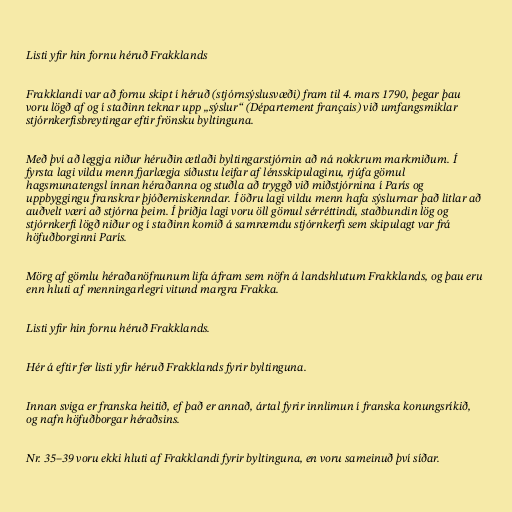
Listi yfir hin fornu héruð Frakklands

Frakklandi var að fornu skipt í héruð (stjórnsýslusvæði) fram til 4. mars 1790, þegar þau
voru lögð af og í staðinn teknar upp „sýslur“ (Département français) við umfangsmiklar
stjórnkerfisbreytingar eftir frönsku byltinguna.

Með því að leggja niður héruðin ætlaði byltingarstjórnin að ná nokkrum markmiðum. Í
fyrsta lagi vildu menn fjarlægja síðustu leifar af lénsskipulaginu, rjúfa gömul
hagsmunatengsl ínnan héraðanna og stuðla að tryggð við miðstjórnina í París og
uppbyggingu franskrar þjóðerniskenndar. Í öðru lagi vildu menn hafa sýslurnar það litlar að
auðvelt væri að stjórna þeim. Í þriðja lagi voru öll gömul sérréttindi, staðbundin lög og
stjórnkerfi lögð niður og í staðinn komið á samræmdu stjórnkerfi sem skipulagt var frá
höfuðborginni París.

Mörg af gömlu héraðanöfnunum lifa áfram sem nöfn á landshlutum Frakklands, og þau eru
enn hluti af menningarlegri vitund margra Frakka.

Listi yfir hin fornu héruð Frakklands.

Hér á eftir fer listi yfir héruð Frakklands fyrir byltinguna.

Innan sviga er franska heitið, ef það er annað, ártal fyrir innlimun í franska konungsríkið,
og nafn höfuðborgar héraðsins.

Nr. 35–39 voru ekki hluti af Frakklandi fyrir byltinguna, en voru sameinuð því síðar.